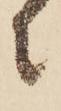
に